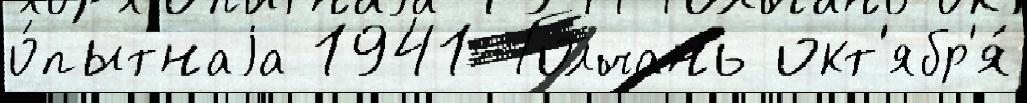
о́пытнаjа 1941 Голчань окт'ябр'я́